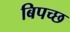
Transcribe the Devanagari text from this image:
बिपच्छ